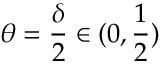
\theta = \frac { \delta } { 2 } \in ( 0 , \frac { 1 } { 2 } )